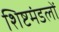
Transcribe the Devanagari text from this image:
शिष्टमंडलों